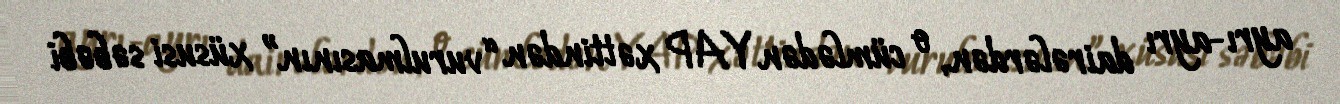
ayrı-ayrı dairələrdən, o cümlədən YAP xəttindən “vurulmasının” xüsusi səbəbi